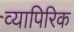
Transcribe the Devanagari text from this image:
व्यापिरिक